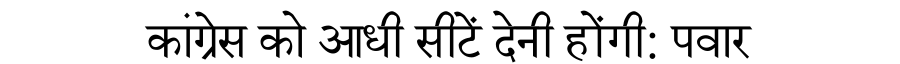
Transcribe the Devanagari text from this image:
कांग्रेस को आधी सीटें देनी होंगी: पवार